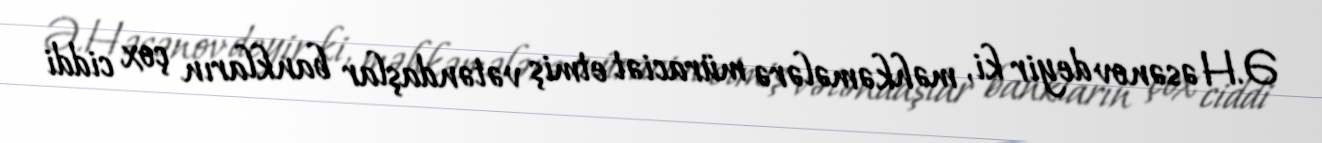
Ə.Həsənov deyir ki, məhkəmələrə müraciət etmiş vətəndaşlar bankların çox ciddi